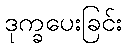
ဒုက္ခပေးခြင်း